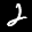
Label: 2